Black-water fever - Number 35
Disease focus: Fever
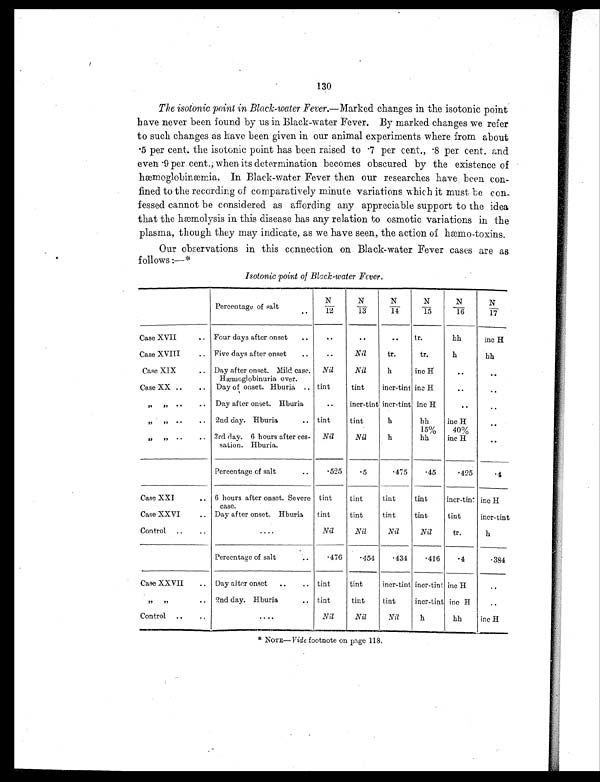
130
The isotonic point in Black-water Fever.—Marked changes in the isotonic point
have never been found by us in Black-water Fever. By marked changes we refer
to such changes as have been given in our animal experiments where from about
. 5 p e r c e n t . t h e i s o t o n i c p o i n t h a s b e e n r a i s e dt
o . 7
p e r c e n t . ,
. 8 p e r c e n t . a n d
even . 9 per cent . ; when. i t s det er mi nat i on becomes obscur ed by t he exi st ence of
hæmoglobinæmia. In Black-water Fever then our researches have . been con-
fined to the recording of comparatively minute variations which it must be con-
fessed cannot be considered as affording any appreciable support to the idea
that the hæmolysis in this disease has any relation to osmotic variations in the
plasma, though they may indicate, as we have seen, the action of hæmo-toxins.
Our observations in this connection on Black-water Fever cases are as
f ollows :—*
Isotonic point of Black-water Fcver.
Percentage of salt
N
/12
N / 1 3
N
/14
N
/15
N
/16
N / 1 7
Case XVII
.. Four days after onset..
..
. .
..
tr.
hh
inc H
Case XVIII
.. Five days after onset..
..
Nil
tr.
tr.
h
hh
Case XIX
.. Day after onset. Mild case.
Hæmoglobinuria over.
Nil
Nil
h
inc H
. .
. .
Case XX ..
..
Day of onset.Hburia. tint
tint
incr-tint inc H
. .
. .
„
„
..
..
Day after onset. Hburia
..
incr-tint, incr-tint inc H
. .
. .
„
„
..
..
2nd day.Hburia.. tint
tint
h
hh
15%
inc H
40%
. .
,,
,,
..
. .
3rd day.6 hours after ces-
sation.Hburia.
Nil
Nil
h
hh
inc H
.
Percentage of salt..
. 525
.5
.475
.45
.425
.4
Case XXI
.. 6 hours after onset. Severe
case.
tint
tint
tint
tint
incr-tint inc H
Case XXVI
.. Day after onset.Hburia
tint
tint
tint
tint
tint
incr-tint
Control
..
..
....
Nil
Nil
Nil
Nil
tr.
h
Percentage of salt..
.476
.454
.434
.416
.4
.384
Case XXVII
.. Day after onset.... tint
tint
incr-tint incr-tint inc H
..
,,
,,
..
2nd day.Hburia.. tint
tint
tint
incr-tint inc H
. . .
Control
_
..
....
Nil
Nil
Nil
h
hh
Inc H
* NOTE- Vide footnote on page 118,